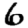
Digit: 6